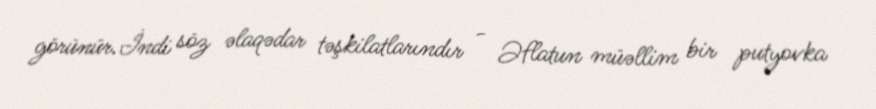
görünür.İndi söz əlaqədar təşkilatlarındır - Əflatun müəllim bir putyovka